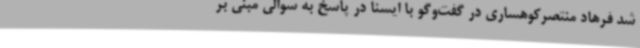
شد فرهاد منتصرکوهساری در گفت‌وگو با ایسنا در پاسخ به سوالی مبنی بر